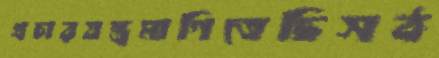
প্রচারযন্ত্রমাগিতেছিসঠ